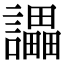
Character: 讄